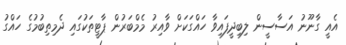
އެއީ ގާނޫނު އަސާސީން ލިބިދީފައިވާ ހައްގަކަށް ވާއިރު މެމްބަރުން ޕާޓީތަކުގައި ދެމިތިބުމުގެ ހައްގު